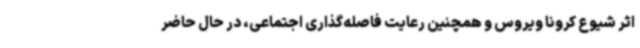
اثر شیوع کرونا ویروس و همچنین رعایت فاصله‌گذاری اجتماعی، در حال حاضر